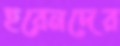
হরেনদের